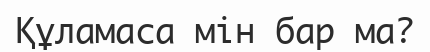
Құламаса мін бар ма?